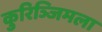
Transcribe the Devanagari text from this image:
कुरिञ्जिमला